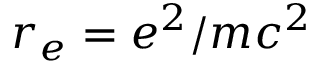
r _ { e } = e ^ { 2 } / m c ^ { 2 }